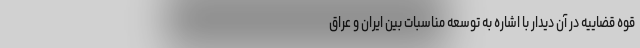
قوه قضاییه در آن دیدار با اشاره به توسعه مناسبات بین ایران و عراق